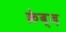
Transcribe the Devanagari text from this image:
क्रेव्ज़